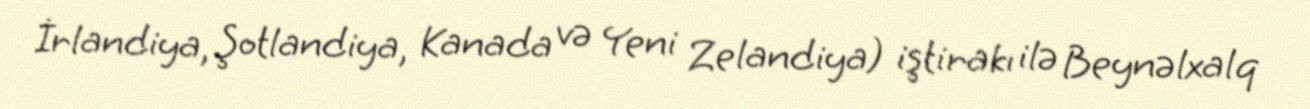
İrlandiya, Şotlandiya, Kanada və Yeni Zelandiya) iştirakı ilə Beynəlxalq